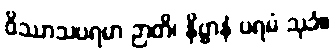
ဝိဿာသပရမာ ဉာတိ၊ နိဗ္ဗာနံ ပရမံ သုခံ။